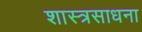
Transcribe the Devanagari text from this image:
शास्त्रसाधना